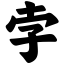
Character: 孛